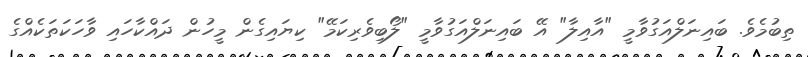
ތިބުމެވެ. ބައިނަލްއަގުވާމީ "އާއިލާ" އޭ ބައިނަލްއަގުވާމީ "ލޯބިވެރިކަމޭ" ކިޔައިގެން މީހުން ދައްކާހައި ވާހަކަތަކެއްގެ